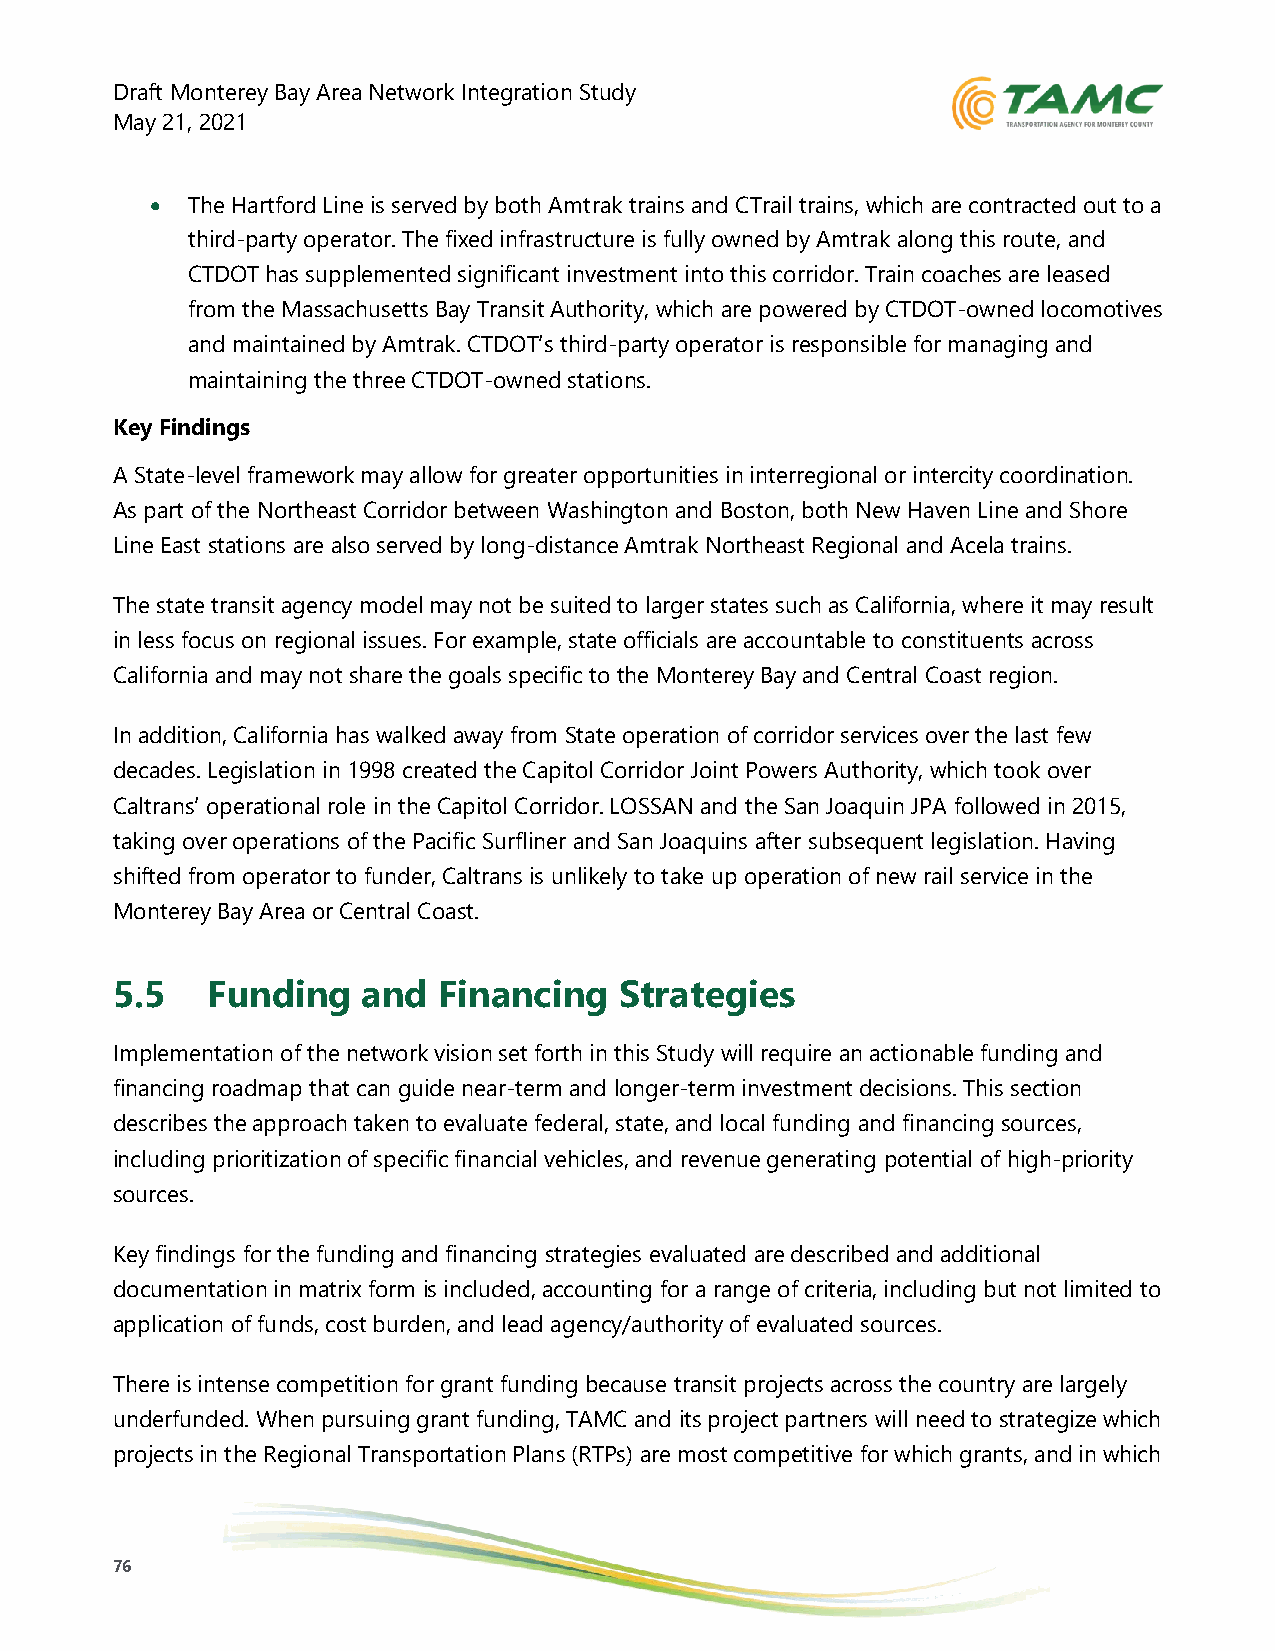
Draft Monterey Bay Area Network Integration Study
 May 21, 2021
 • The Hartford Line is served by both Amtrak trains and CTrail trains, which are contracted out to a
 third-party operator. The fixed infrastructure is fully owned by Amtrak along this route, and
 CTDOT has supplemented significant investment into this corridor. Train coaches are leased
 from the Massachusetts Bay Transit Authority, which are powered by CTDOT-owned locomotives
 and maintained by Amtrak. CTDOT’s third-party operator is responsible for managing and
 maintaining the three CTDOT-owned stations.
 Key Findings
 A State-level framework may allow for greater opportunities in interregional or intercity coordination.
 As part of the Northeast Corridor between Washington and Boston, both New Haven Line and Shore
 Line East stations are also served by long-distance Amtrak Northeast Regional and Acela trains.
 The state transit agency model may not be suited to larger states such as California, where it may result
 in less focus on regional issues. For example, state officials are accountable to constituents across
 California and may not share the goals specific to the Monterey Bay and Central Coast region.
 In addition, California has walked away from State operation of corridor services over the last few
 decades. Legislation in 1998 created the Capitol Corridor Joint Powers Authority, which took over
 Caltrans’ operational role in the Capitol Corridor. LOSSAN and the San Joaquin JPA followed in 2015,
 taking over operations of the Pacific Surfliner and San Joaquins after subsequent legislation. Having
 shifted from operator to funder, Caltrans is unlikely to take up operation of new rail service in the
 Monterey Bay Area or Central Coast.
 5.5    Funding   and  Financing   Strategies
 Implementation of the network vision set forth in this Study will require an actionable funding and
 financing roadmap that can guide near-term and longer-term investment decisions. This section
 describes the approach taken to evaluate federal, state, and local funding and financing sources,
 including prioritization of specific financial vehicles, and revenue generating potential of high-priority
 sources.
 Key findings for the funding and financing strategies evaluated are described and additional
 documentation in matrix form is included, accounting for a range of criteria, including but not limited to
 application of funds, cost burden, and lead agency/authority of evaluated sources.
 There is intense competition for grant funding because transit projects across the country are largely
 underfunded. When pursuing grant funding, TAMC and its project partners will need to strategize which
 projects in the Regional Transportation Plans (RTPs) are most competitive for which grants, and in which
 76